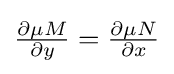
{\textstyle {\frac {\partial \mu M}{\partial y}}={\frac {\partial \mu N}{\partial x}}}